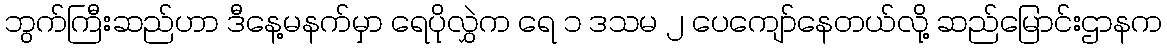
ဘွက်ကြီးဆည်ဟာ ဒီနေ့မနက်မှာ ရေပိုလွှဲက ရေ ၁ ဒသမ ၂ ပေကျော်နေတယ်လို့ ဆည်မြောင်းဌာနက